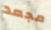
مجعد